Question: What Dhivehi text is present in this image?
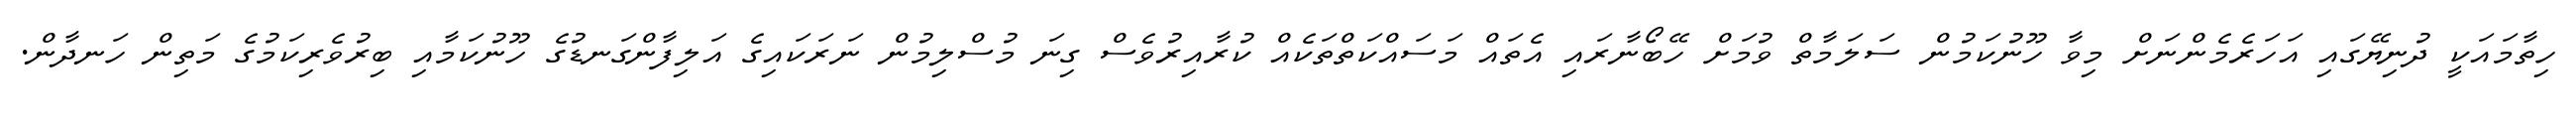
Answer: ހިތާމައަކީ ދުނިޔޭގައި އަހަރެމެންނަށް މިވާ ހޫނުކަމުން ސަލަމާތް ވުމަށް ހޭބޯނާރައި އެތައް މަސައްކަތްތަކެއް ކުރާއިރުވެސް ގިނަ މުސްލިމުން ނަރަކައިގެ އަލިފާންގަނޑުގެ ހޫނުކަމާއި ބިރުވެރިކަމުގެ މަތިން ހަނދާން.